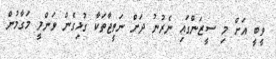
ވީބީ އަށް މި ސީޒަންގައި ނެރުނު ދަށް ނަތީޖާތަކާ ގުޅިގެން ވަންލީ މަގާމުން